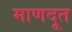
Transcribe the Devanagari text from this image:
माणदूत